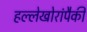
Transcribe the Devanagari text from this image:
हल्लेखोरांपैकी